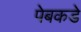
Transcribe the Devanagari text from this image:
पेबकडे